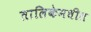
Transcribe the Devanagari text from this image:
तालिकेमधील